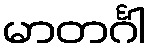
မာတင်္ဂါ